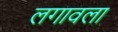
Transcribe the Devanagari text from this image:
लगावला